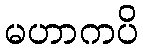
မဟာကပိ